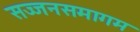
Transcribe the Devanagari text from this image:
सज्जनसमागम